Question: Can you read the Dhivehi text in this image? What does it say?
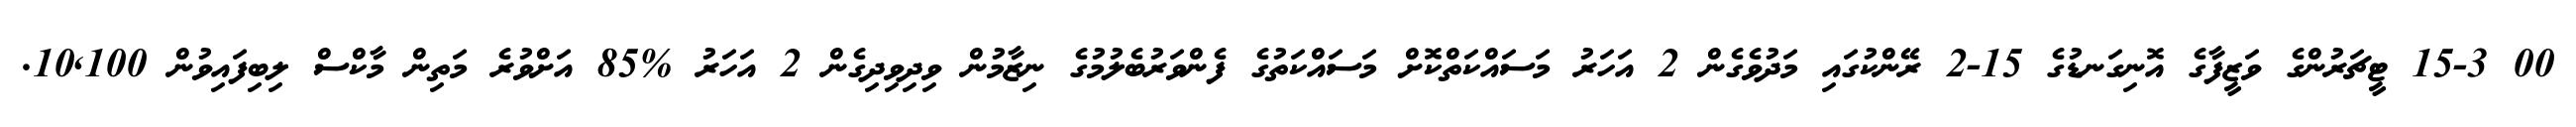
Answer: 00 15-3 ޓީޗަރުންގެ ވަޒީފާގެ އޮނިގަނޑުގެ 15-2 ރޭންކުގައި މަދުވެގެން 2 އަހަރު މަސައްކަތްކޮށް މަސައްކަތުގެ ފެންވަރުބެލުމުގެ ނިޒާމުން ވިދިވިދިގެން 2 އަހަރު %85 އަށްވުރެ މަތިން މާކްސް ލިބިފައިވުން 10,100.